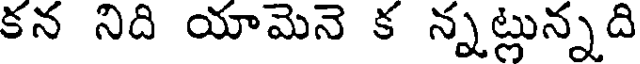
కన నిది యామెనె క న్నట్లున్నది